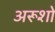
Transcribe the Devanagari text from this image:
अरूशो